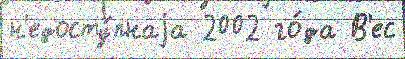
н'едосту́пнаjа 2002 го́да В'ес